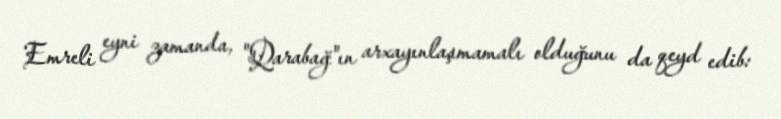
Emreli eyni zamanda, "Qarabağ"ın arxayınlaşmamalı olduğunu da qeyd edib: